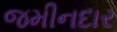
જમીનદાર